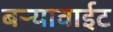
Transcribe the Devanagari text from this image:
बऱ्यावाईट